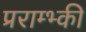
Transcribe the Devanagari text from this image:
प्रराम्भ्की